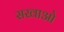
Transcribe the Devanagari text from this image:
सखाओ